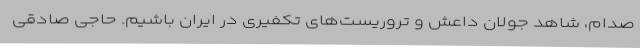
صدام، شاهد جولان داعش و تروریست‌های تکفیری در ایران باشیم. حاجی صادقی